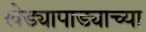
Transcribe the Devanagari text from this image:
खेड्यापाड्याच्या